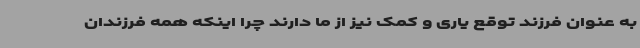
به عنوان فرزند توقع یاری و کمک نیز از ما دارند چرا اینکه همه فرزندان